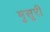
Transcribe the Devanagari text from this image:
मुसूरी